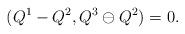
LaTeX: \begin{align*}(Q^1-Q^2,Q^3\ominus Q^2)=0.\end{align*}